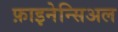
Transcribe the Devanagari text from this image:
फ़ाइनेन्सिअल